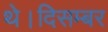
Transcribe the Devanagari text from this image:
थे।दिसम्बर